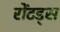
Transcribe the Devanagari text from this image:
रोंटड्स